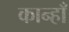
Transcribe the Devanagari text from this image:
कान्हाँ